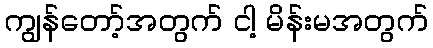
ကျွန်တော့်အတွက် ငါ့ မိန်းမအတွက်